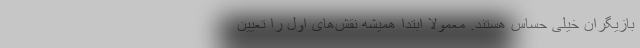
بازیگران خیلی حساس هستند. معمولا ابتدا همیشه نقش‌های اول را تعیین